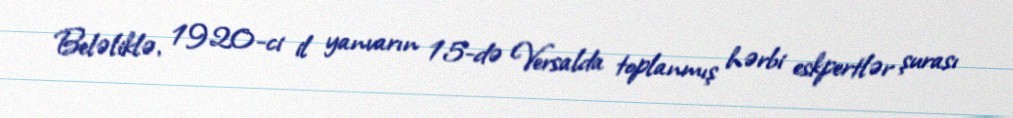
Beləliklə, 1920-ci il yanvarın 15-də Versalda toplanmış hərbi eskpertlər şurası